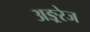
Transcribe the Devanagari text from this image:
अङ्ररेज